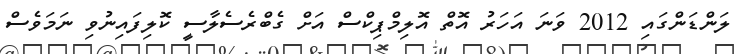
ލަންޑަންގައި 2012 ވަނަ އަހަރު އޮތް އޮލިމްޕިކްސް އަށް ގެބްރެސެލާސީ ކޮލިފައިނުވި ނަމަވެސް